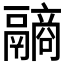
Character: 𩱐